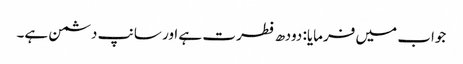
جواب میں فرمایا: دودھ فطرت ہے اور سانپ دشمن ہے۔